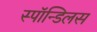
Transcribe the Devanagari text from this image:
स्पॉन्डिलस